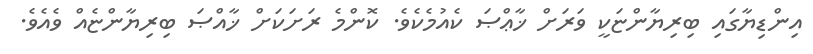
އިންޑިޔާގައި ބިރިޔާންޏަކީ ވަރަށް ޚާޢްޞަ ކެއުމެކެވެ. ކޮންމެ ރަށަކަށް ޚާއްޞަ ބިރިޔާންޏެއް ވެއެވެ.